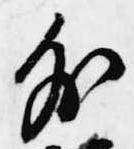
外